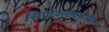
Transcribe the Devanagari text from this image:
सिप्रोफ्लोक्सासिन